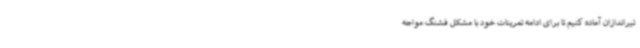
تیراندازان آماده کنیم تا برای ادامه تمرینات خود با مشکل فشنگ مواجه